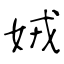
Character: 娀